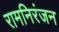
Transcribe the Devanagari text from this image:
रामनिरंजन